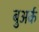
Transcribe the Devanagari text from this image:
बुअर्क